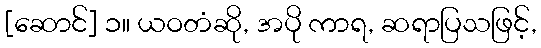
[ဆောင်] ၁။ ယဝတံဆို, အပို ကာရ, ဆရာပြသဖြင့်,